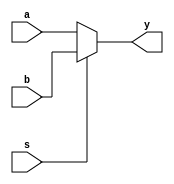
module mux21 (input a,b,s,output reg y);
always @(*) begin
if(s)
y=b;
else
y=a;
end
endmodule